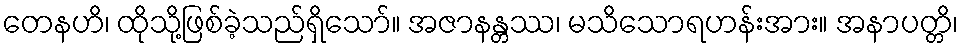
တေနဟိ၊ ထိုသို့ဖြစ်ခဲ့သည်ရှိသော်။ အဇာနန္တဿ၊ မသိသောရဟန်းအား။ အနာပတ္တိ၊